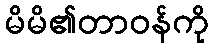
မိမိ၏တာဝန်ကို